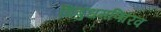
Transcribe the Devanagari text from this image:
विबुधमणिरिव